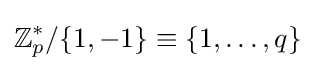
\mathbb {Z} _{p}^{*}/\{1,-1\}\equiv \{1,\ldots ,q\}